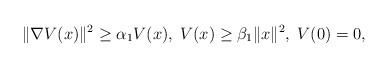
\begin{align*} \|\nabla V(x)\|^2 \ge \alpha_1 V(x),\; V(x)\ge \beta_1 \|x\|^2,\;V(0)=0,\end{align*}